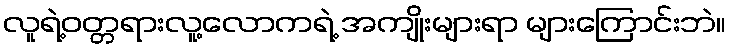
လူရဲ့ဝတ္တရားလူ့လောကရဲ့ အကျိုးများရာ များကြောင်းဘဲ။